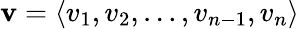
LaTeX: \mathbf{v}=\langle v_{1},v_{2},\dots,v_{n-1},v_{n}\rangle